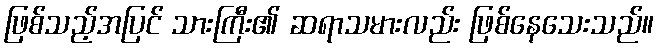
ဖြစ်သည့်အပြင် သားကြီး၏ ဆရာသမားလည်း ဖြစ်နေသေးသည်။